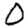
Digit: 0